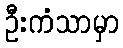
ဦးကံသာမှာ